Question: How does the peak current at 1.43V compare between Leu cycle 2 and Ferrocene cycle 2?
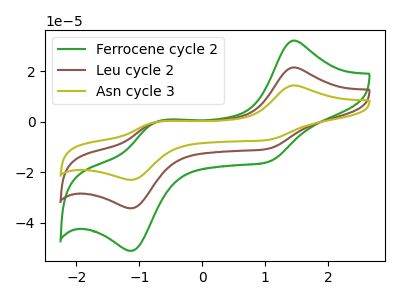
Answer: <think>The green curve "Ferrocene cycle 2" has anodic peaks at (1.45V, 32.20uA) (-0.75V, -0.20uA) and cathodic peaks at (1.05V, -15.90uA) (-1.10V, -51.05uA). The brown curve "Leu cycle 2" has anodic peaks at (1.45V, 21.60uA) (-0.75V, -0.15uA) and cathodic peaks at (1.05V, -10.65uA) (-1.10V, -34.20uA). The olive curve "Asn cycle 3" has anodic peaks at (1.45V, 43.15uA) (-0.75V, -0.30uA) and cathodic peaks at (1.05V, -21.30uA) (-1.10V, -68.40uA).</think>
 <answer>The peak at 1.43V is lower in "Leu cycle 2" than in "Ferrocene cycle 2".</answer>
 <eval>lower</eval>